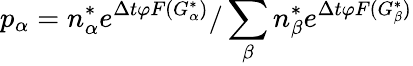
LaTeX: p_{\alpha}=n_{\alpha}^{*}e^{\Delta t\varphi F(G_{\alpha}^{*})}/\sum_{\beta}n_{\beta}^{*}e^{\Delta t\varphi F(G_{\beta}^{*})}